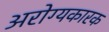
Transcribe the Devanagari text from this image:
अरोग्यकारक